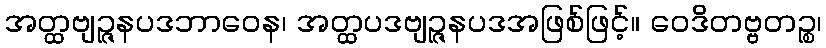
အတ္ထဗျဉ္ဇနပဒဘာဝေန၊ အတ္ထပဒဗျဉ္ဇနပဒအဖြစ်ဖြင့်။ ဝေဒိတဗ္ဗတဉ္စ၊